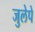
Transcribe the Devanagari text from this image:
जुलेपे